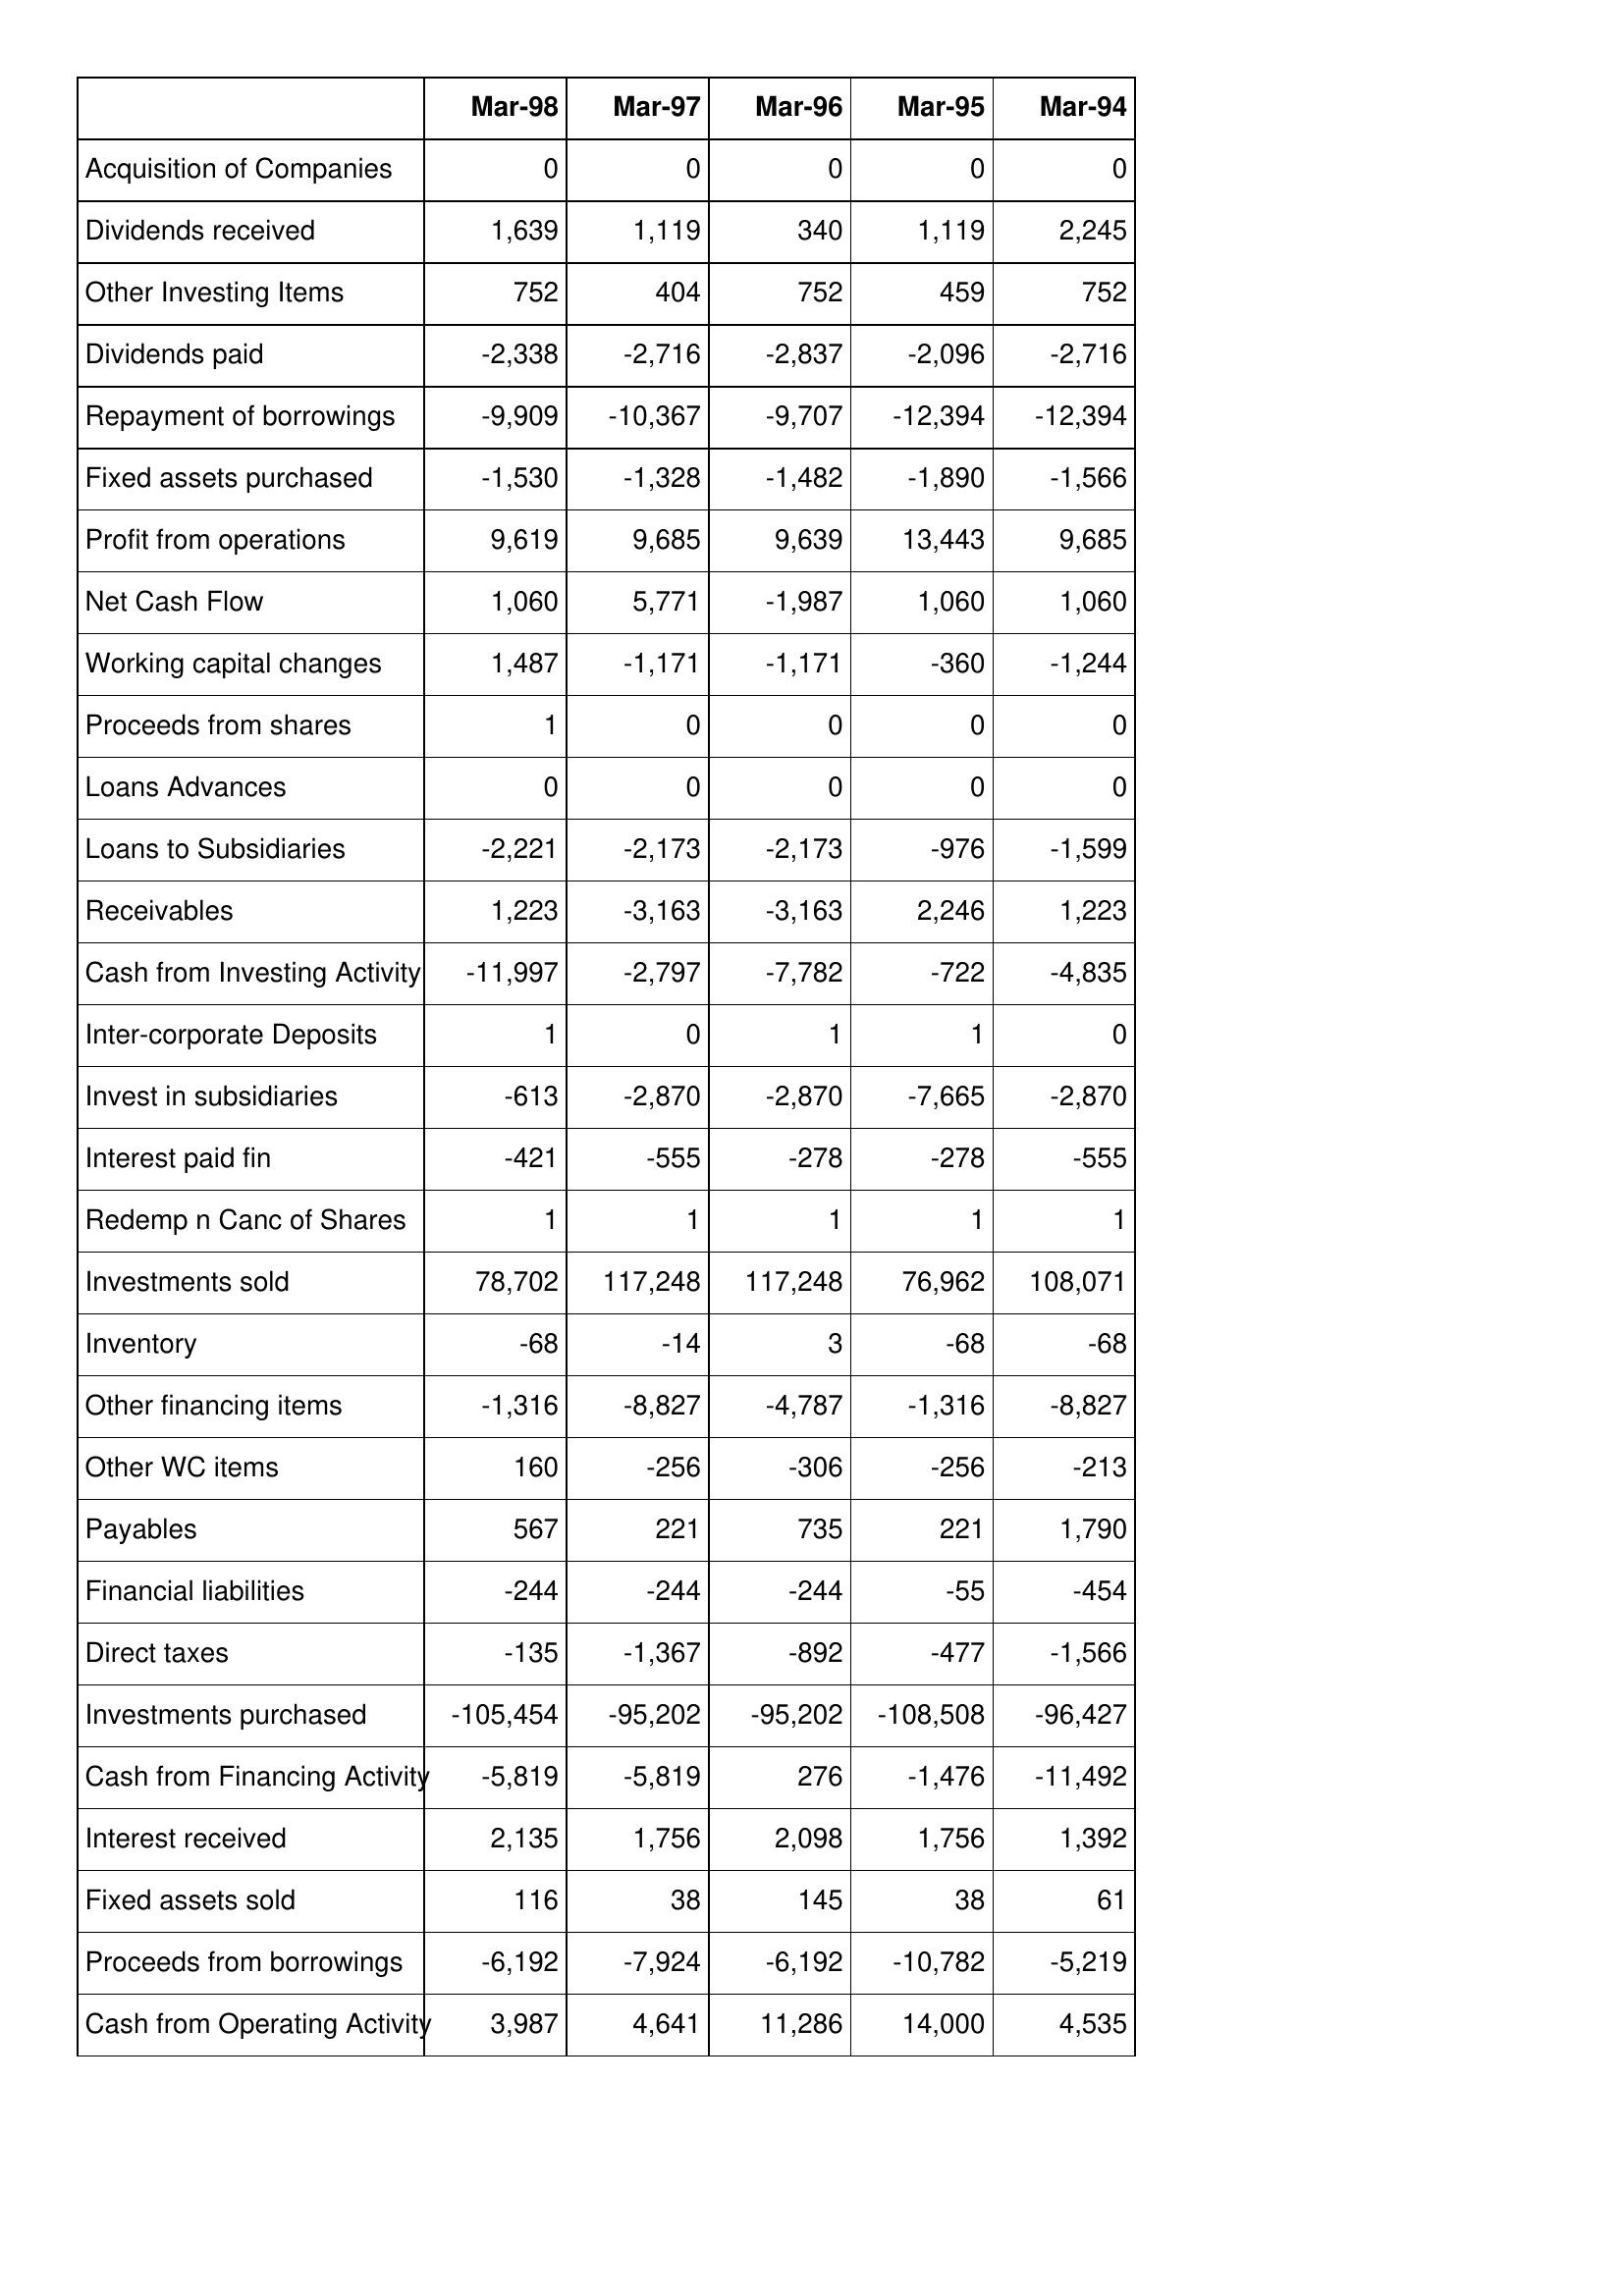
Mar-98: Cash Flows: Acquisition of Companies: 0
Dividends received: 1,639
Other Investing Items: 752
Dividends paid: -2,338
Repayment of borrowings: -9,909
Fixed assets purchased: -1,530
Profit from operations: 9,619
Net Cash Flow: 1,060
Working capital changes: 1,487
Proceeds from shares: 1
Loans Advances: 0
Loans to Subsidiaries: -2,221
Receivables: 1,223
Cash from Investing Activity: -11,997
Inter-corporate Deposits: 1
Invest in subsidiaries: -613
Interest paid fin: -421
Redemp n Canc of Shares: 1
Investments sold: 78,702
Inventory: -68
Other financing items: -1,316
Other WC items: 160
Payables: 567
Financial liabilities: -244
Direct taxes: -135
Investments purchased: -105,454
Cash from Financing Activity: -5,819
Interest received: 2,135
Fixed assets sold: 116
Proceeds from borrowings: -6,192
Cash from Operating Activity: 3,987
Mar-97: Cash Flows: Acquisition of Companies: 0
Dividends received: 1,119
Other Investing Items: 404
Dividends paid: -2,716
Repayment of borrowings: -10,367
Fixed assets purchased: -1,328
Profit from operations: 9,685
Net Cash Flow: 5,771
Working capital changes: -1,171
Proceeds from shares: 0
Loans Advances: 0
Loans to Subsidiaries: -2,173
Receivables: -3,163
Cash from Investing Activity: -2,797
Inter-corporate Deposits: 0
Invest in subsidiaries: -2,870
Interest paid fin: -555
Redemp n Canc of Shares: 1
Investments sold: 117,248
Inventory: -14
Other financing items: -8,827
Other WC items: -256
Payables: 221
Financial liabilities: -244
Direct taxes: -1,367
Investments purchased: -95,202
Cash from Financing Activity: -5,819
Interest received: 1,756
Fixed assets sold: 38
Proceeds from borrowings: -7,924
Cash from Operating Activity: 4,641
Mar-96: Cash Flows: Acquisition of Companies: 0
Dividends received: 340
Other Investing Items: 752
Dividends paid: -2,837
Repayment of borrowings: -9,707
Fixed assets purchased: -1,482
Profit from operations: 9,639
Net Cash Flow: -1,987
Working capital changes: -1,171
Proceeds from shares: 0
Loans Advances: 0
Loans to Subsidiaries: -2,173
Receivables: -3,163
Cash from Investing Activity: -7,782
Inter-corporate Deposits: 1
Invest in subsidiaries: -2,870
Interest paid fin: -278
Redemp n Canc of Shares: 1
Investments sold: 117,248
Inventory: 3
Other financing items: -4,787
Other WC items: -306
Payables: 735
Financial liabilities: -244
Direct taxes: -892
Investments purchased: -95,202
Cash from Financing Activity: 276
Interest received: 2,098
Fixed assets sold: 145
Proceeds from borrowings: -6,192
Cash from Operating Activity: 11,286
Mar-95: Cash Flows: Acquisition of Companies: 0
Dividends received: 1,119
Other Investing Items: 459
Dividends paid: -2,096
Repayment of borrowings: -12,394
Fixed assets purchased: -1,890
Profit from operations: 13,443
Net Cash Flow: 1,060
Working capital changes: -360
Proceeds from shares: 0
Loans Advances: 0
Loans to Subsidiaries: -976
Receivables: 2,246
Cash from Investing Activity: -722
Inter-corporate Deposits: 1
Invest in subsidiaries: -7,665
Interest paid fin: -278
Redemp n Canc of Shares: 1
Investments sold: 76,962
Inventory: -68
Other financing items: -1,316
Other WC items: -256
Payables: 221
Financial liabilities: -55
Direct taxes: -477
Investments purchased: -108,508
Cash from Financing Activity: -1,476
Interest received: 1,756
Fixed assets sold: 38
Proceeds from borrowings: -10,782
Cash from Operating Activity: 14,000
Mar-94: Cash Flows: Acquisition of Companies: 0
Dividends received: 2,245
Other Investing Items: 752
Dividends paid: -2,716
Repayment of borrowings: -12,394
Fixed assets purchased: -1,566
Profit from operations: 9,685
Net Cash Flow: 1,060
Working capital changes: -1,244
Proceeds from shares: 0
Loans Advances: 0
Loans to Subsidiaries: -1,599
Receivables: 1,223
Cash from Investing Activity: -4,835
Inter-corporate Deposits: 0
Invest in subsidiaries: -2,870
Interest paid fin: -555
Redemp n Canc of Shares: 1
Investments sold: 108,071
Inventory: -68
Other financing items: -8,827
Other WC items: -213
Payables: 1,790
Financial liabilities: -454
Direct taxes: -1,566
Investments purchased: -96,427
Cash from Financing Activity: -11,492
Interest received: 1,392
Fixed assets sold: 61
Proceeds from borrowings: -5,219
Cash from Operating Activity: 4,535